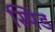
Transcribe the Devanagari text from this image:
स्पिड